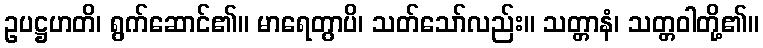
ဥပဋ္ဌဟတိ၊ ရွက်ဆောင်၏။ မာရေတွာပိ၊ သတ်သော်လည်း။ သတ္တာနံ၊ သတ္တဝါတို့၏။